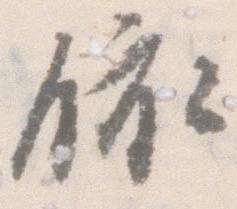
依